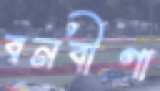
বনবীণা